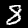
Digit: 8